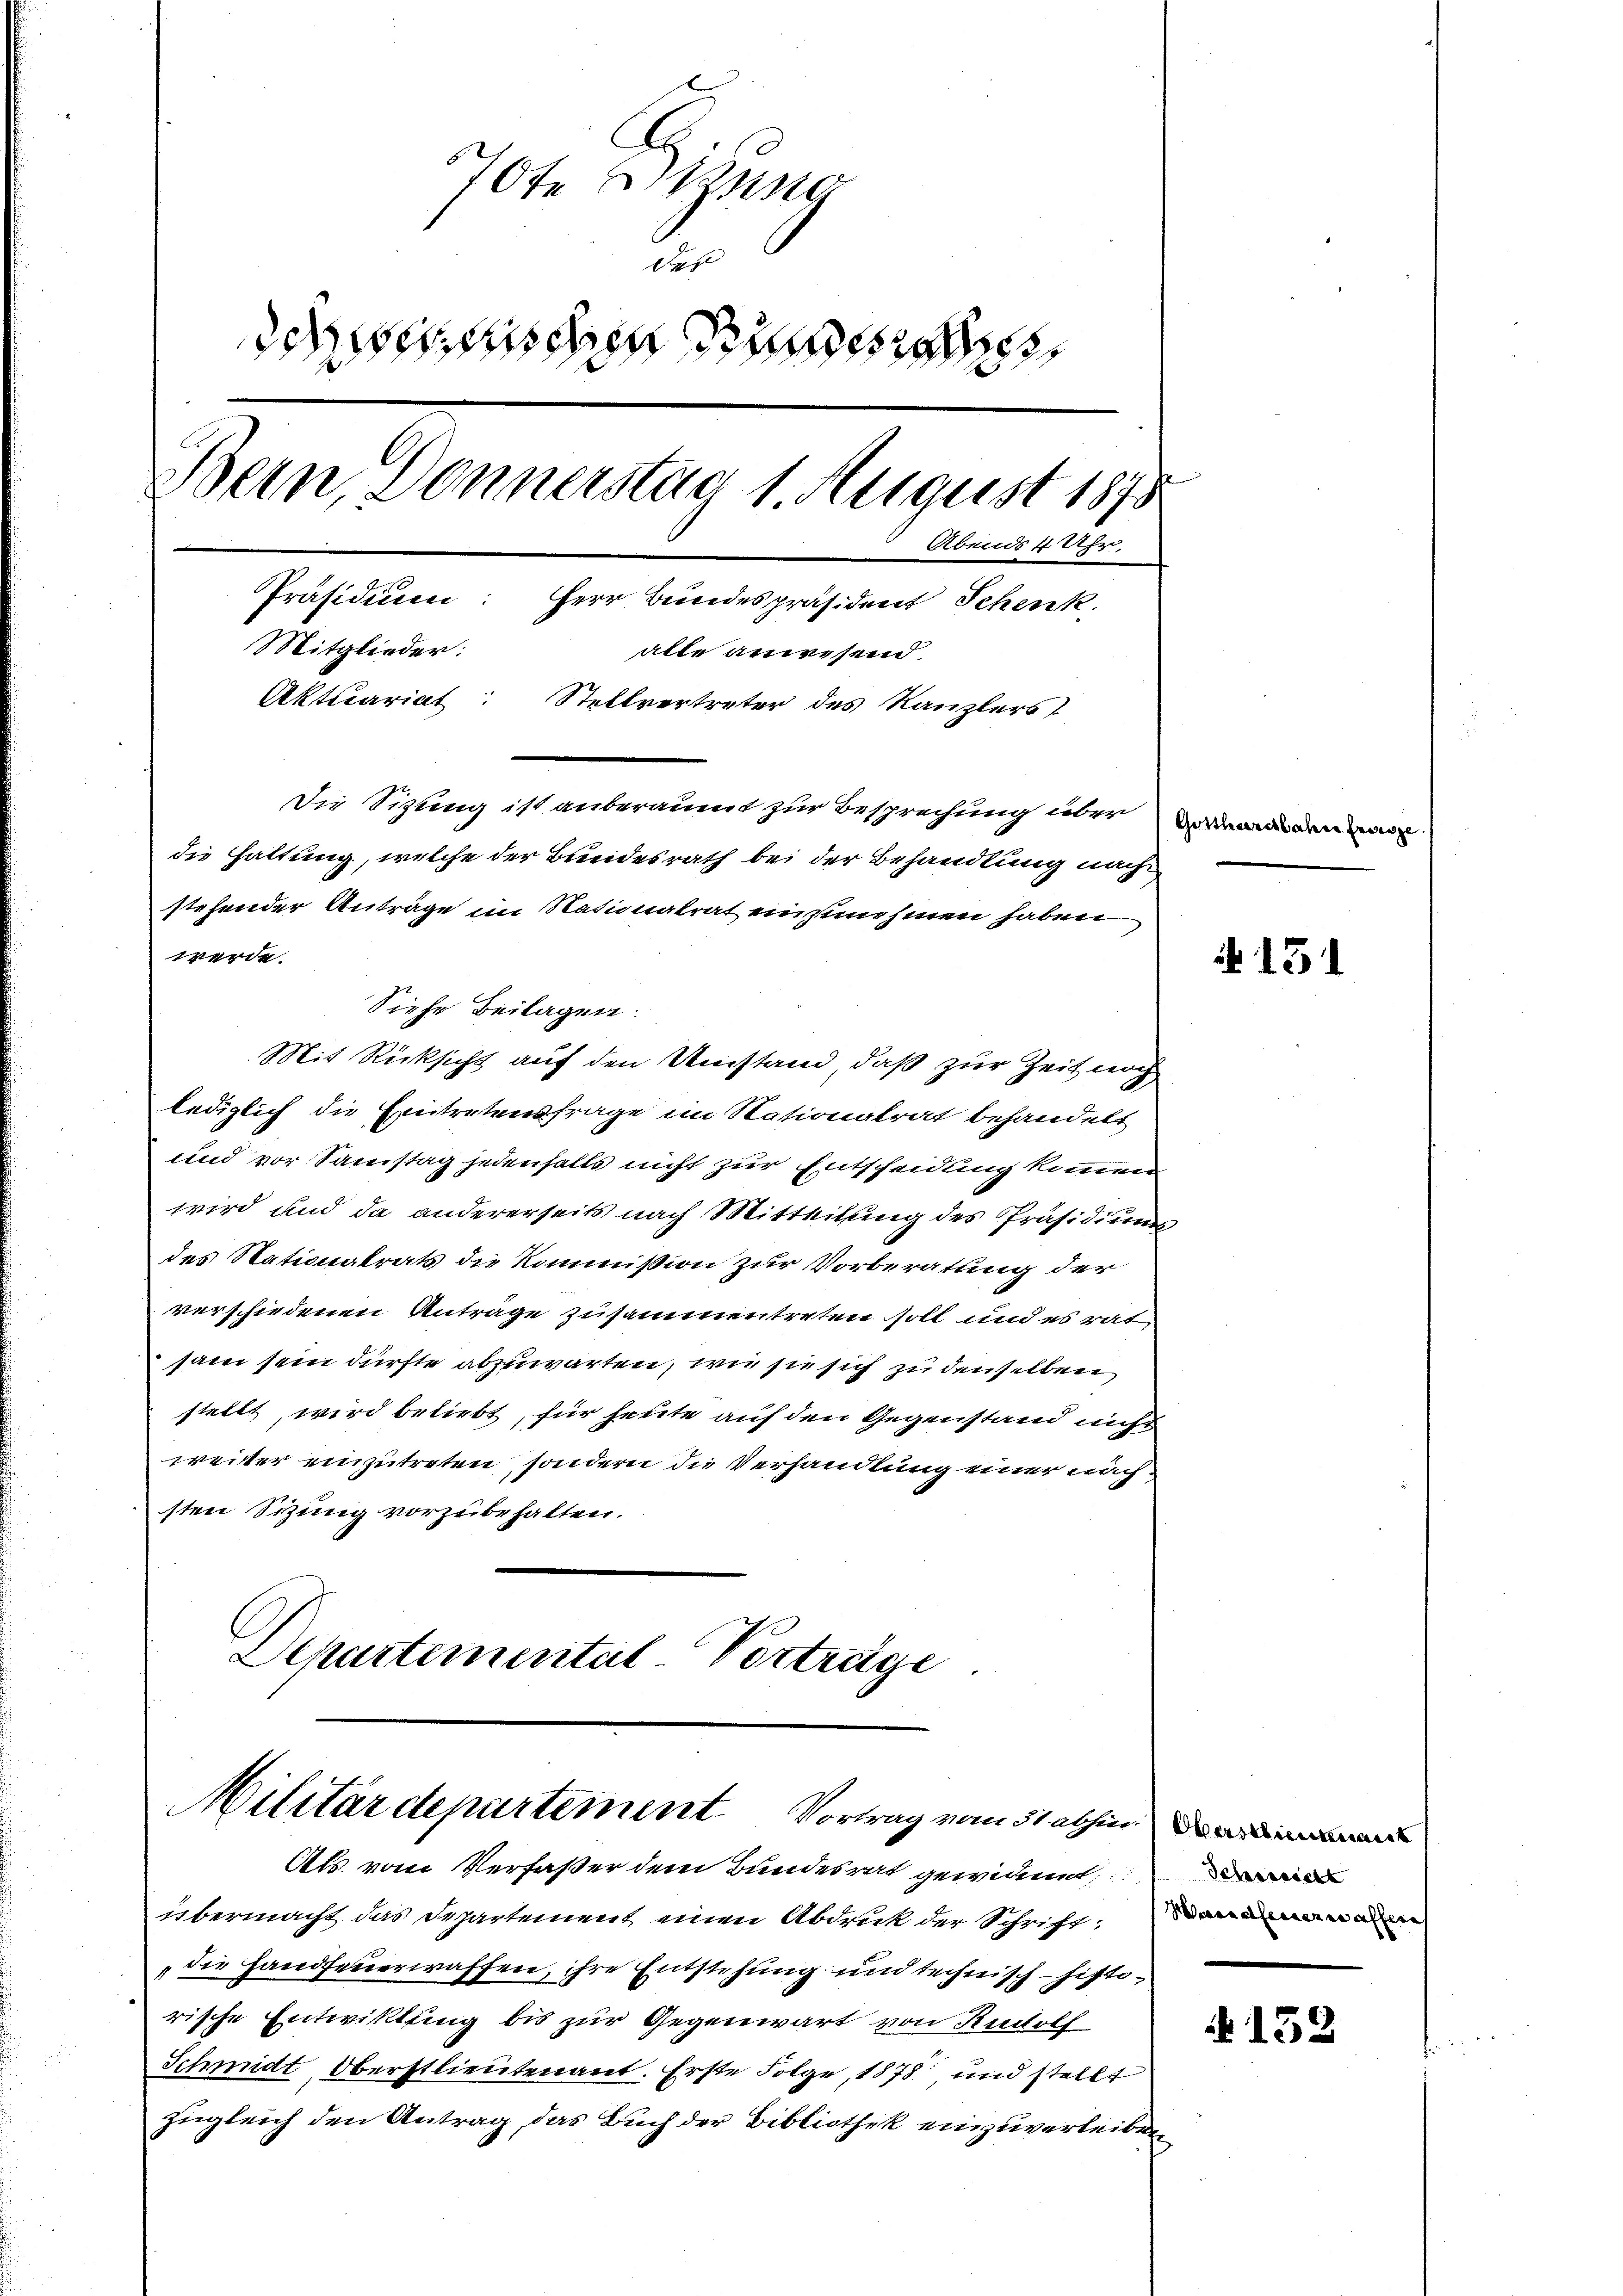
70te Stund
daf
Scheiden Stundes
Bern, Donnerstag 1. August 1878
Abends 4 Uhr,
Präsidium: Herr Bundespräsident Schenk
Mitglieder:
alle anwesend
Aktuariat: Stellvertreter des Kanzlers
Die Sizung ist anberaumt zur Besprechung über Verwanden
die Haltung, welche der Bundesrath bei der Behandlung nach
stehender Anträge im Nationalrat einzunehmen haben

lediglich die Eintretensfrage im Nationalrat behandelt
und vor Samstag jedenfalls nicht zur Entscheidung kommen
wird und da andererseits nach Mitteilung des Präsidiums
des Nationalrats die Kommission zur Vorberatung der
verschiedenen Anträge zusammentreten soll und es rat
sam sein dürfte abzuwarten, wie sie sich zu denselben
steilt, wird beliebt, für heute auf den Gegenstand nicht
weiter einzutreten, sondern die Verhandlung einer nachsten Sizung vorzubehalten.
Departemental-Vorträge

werde.
Siehe Beilagen.
Mit Rücksicht auf den Umstand, daß zur Zeit noch

Militärdepartement. Vortrag vom 31. abhin

übermacht das Departement einen Abdruck der Schrift.
die Handfeuerwaffen, ihre Entstehung und technisch-historische Entwiktung bis zur Gegenwart von Rudolf
Schmidt Oberstlieutenant. Erste Folge, 1878 und stellt
zugleich den Antrag, das Buch der Bibliothek einzuverleiben,

Als vom Verfaßer dem Bundesrat gewidmet,

N 131

152